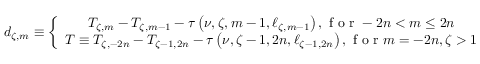
d _ { \zeta , m } \equiv \left\{ \begin{array} { c } { T _ { \zeta , m } - T _ { \zeta , m - 1 } - \tau \left( \nu , \zeta , m - 1 , \ell _ { \zeta , m - 1 } \right) , \mathrm { ~ f ~ o ~ r ~ } - 2 n < m \leq 2 n } \\ { T \equiv T _ { \zeta , - 2 n } - T _ { \zeta - 1 , 2 n } - \tau \left( \nu , \zeta - 1 , 2 n , \ell _ { \zeta - 1 , 2 n } \right) , \mathrm { ~ f ~ o ~ r ~ } m = - 2 n , \zeta > 1 } \end{array} \right. ,